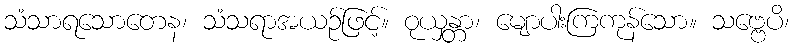
သံသာရသောတေန၊ သံသရာအယဉ်ဖြင့်။ ဝုယှန္တာ၊ မျောပါးကြကုန်သော။ သဗ္ဗေပိ၊